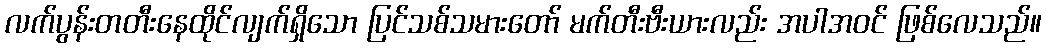
လက်ပွန်းတတီးနေထိုင်လျက်ရှိသော ပြင်သစ်သမားတော် မက်တီးဗီးယားလည်း အပါအဝင် ဖြစ်လေသည်။